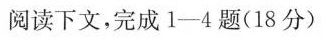
阅读下文，完成1-4题(18分)